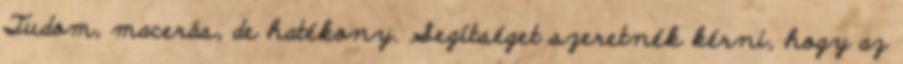
Tudom, macerás, de hatékony. Segítséget szeretnék kérni, hogy az